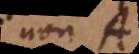
non A